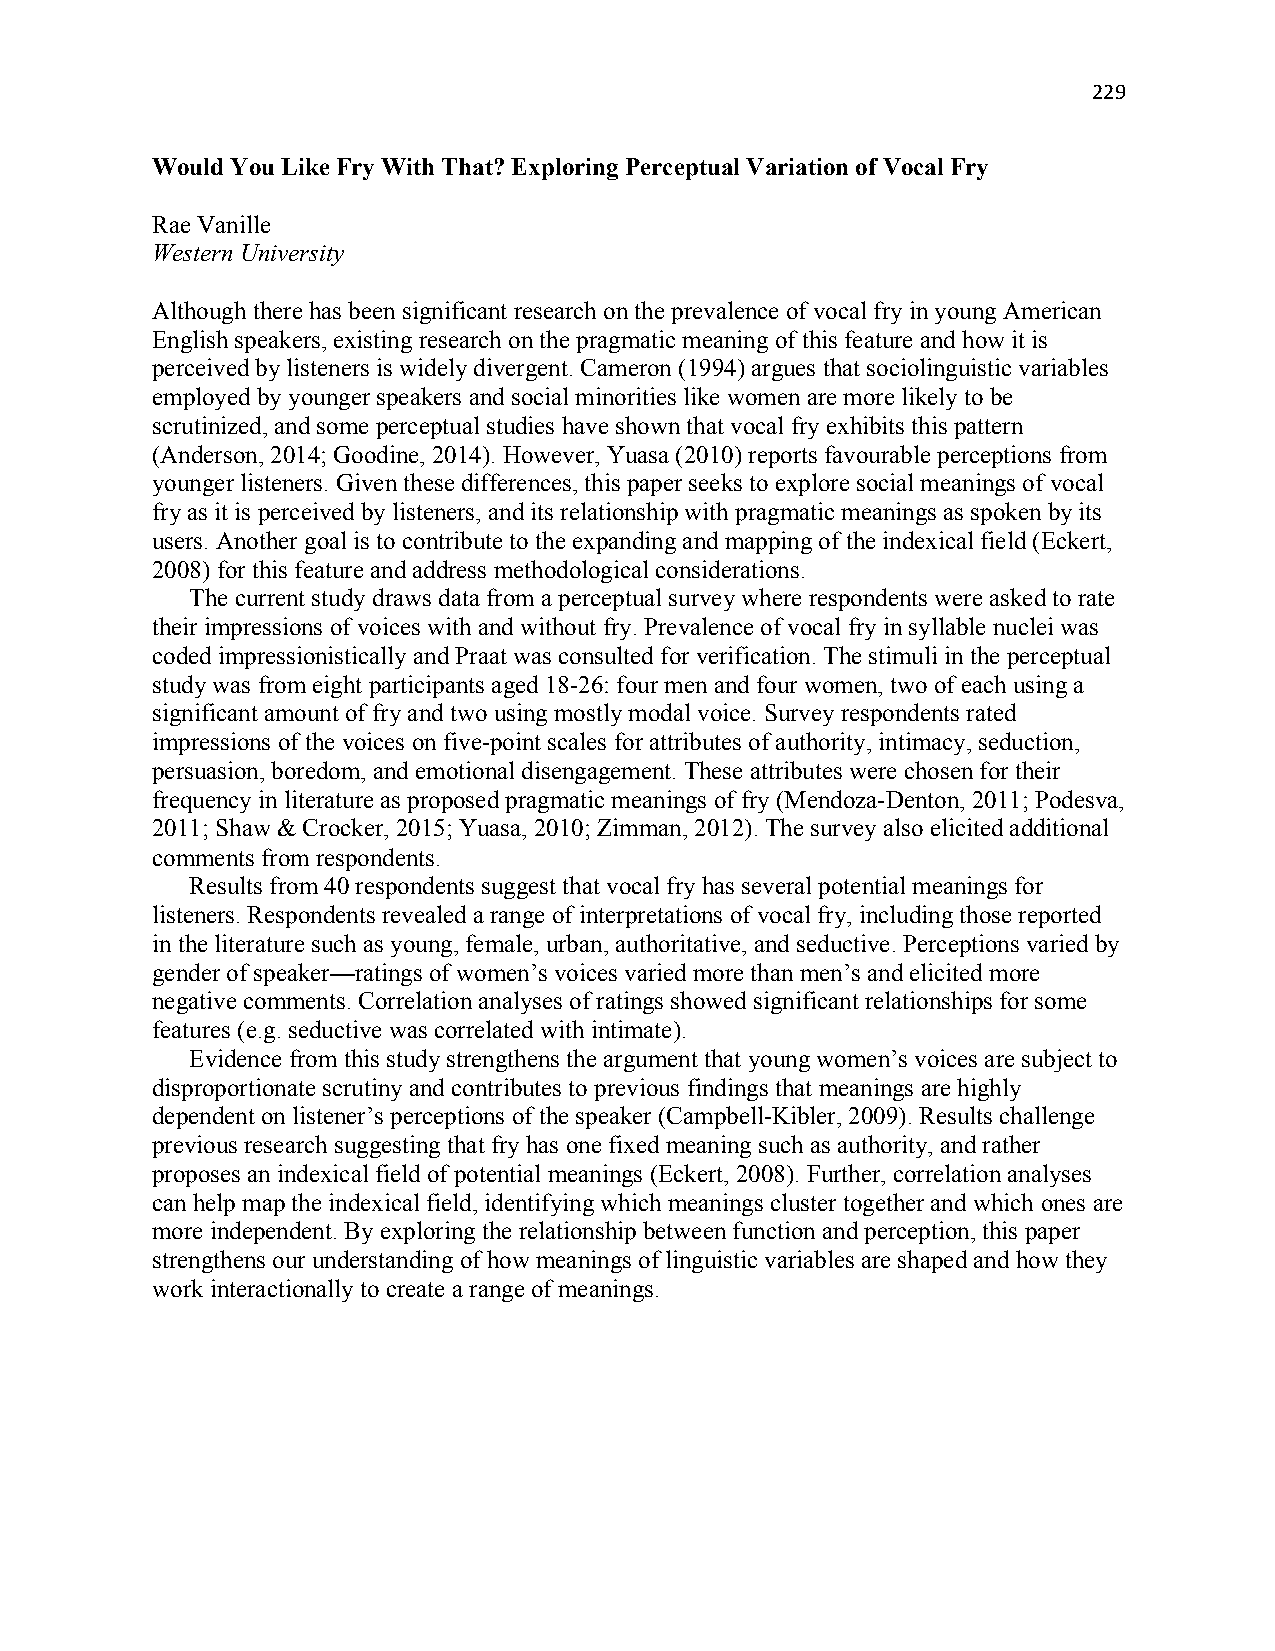
229
 Would You Like Fry With That? Exploring Perceptual Variation of Vocal Fry
 Rae Vanille
 Western University
 Although there has been significant research on the prevalence of vocal fry in young American
 English speakers, existing research on the pragmatic meaning of this feature and how it is
 perceived by listeners is widely divergent. Cameron (1994) argues that sociolinguistic variables
 employed by younger speakers and social minorities like women are more likely to be
 scrutinized, and some perceptual studies have shown that vocal fry exhibits this pattern
 (Anderson, 2014; Goodine, 2014). However, Yuasa (2010) reports favourable perceptions from
 younger listeners. Given these differences, this paper seeks to explore social meanings of vocal
 fry as it is perceived by listeners, and its relationship with pragmatic meanings as spoken by its
 users. Another goal is to contribute to the expanding and mapping of the indexical field (Eckert,
 2008) for this feature and address methodological considerations.
 The current study draws data from a perceptual survey where respondents were asked to rate
 their impressions of voices with and without fry. Prevalence of vocal fry in syllable nuclei was
 coded impressionistically and Praat was consulted for verification. The stimuli in the perceptual
 study was from eight participants aged 18-26: four men and four women, two of each using a
 significant amount of fry and two using mostly modal voice. Survey respondents rated
 impressions of the voices on five-point scales for attributes of authority, intimacy, seduction,
 persuasion, boredom, and emotional disengagement. These attributes were chosen for their
 frequency in literature as proposed pragmatic meanings of fry (Mendoza-Denton, 2011; Podesva,
 2011; Shaw & Crocker, 2015; Yuasa, 2010; Zimman, 2012). The survey also elicited additional
 comments from respondents.
 Results from 40 respondents suggest that vocal fry has several potential meanings for
 listeners. Respondents revealed a range of interpretations of vocal fry, including those reported
 in the literature such as young, female, urban, authoritative, and seductive. Perceptions varied by
 gender of speaker—ratings of women’s voices varied more than men’s and elicited more
 negative comments. Correlation analyses of ratings showed significant relationships for some
 features (e.g. seductive was correlated with intimate).
 Evidence from this study strengthens the argument that young women’s voices are subject to
 disproportionate scrutiny and contributes to previous findings that meanings are highly
 dependent on listener’s perceptions of the speaker (Campbell-Kibler, 2009). Results challenge
 previous research suggesting that fry has one fixed meaning such as authority, and rather
 proposes an indexical field of potential meanings (Eckert, 2008). Further, correlation analyses
 can help map the indexical field, identifying which meanings cluster together and which ones are
 more independent. By exploring the relationship between function and perception, this paper
 strengthens our understanding of how meanings of linguistic variables are shaped and how they
 work interactionally to create a range of meanings.